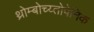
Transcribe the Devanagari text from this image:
थ्रोम्बोच्य्तोपेनिक